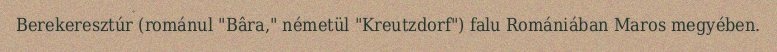
Berekeresztúr (románul "Bâra," németül "Kreutzdorf") falu Romániában Maros megyében.